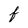
Character: f